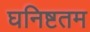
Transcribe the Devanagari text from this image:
घनिष्टतम